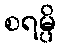
စရမ္ပိ